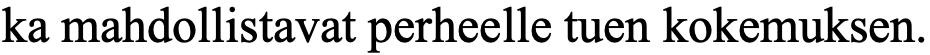
ka mahdollistavat perheelle tuen kokemuksen.